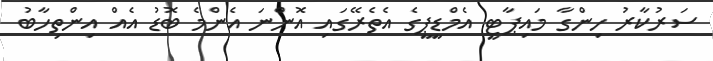
ސަރުކާރު ހިންގާ މައިޕާޓީ އެމްޑީޕީގެ އެތެރޭގައި އޮންނަ އެންމެ ބޮޑު އެއް އިންތިހާބު